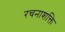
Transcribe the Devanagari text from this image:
रचनाशक्ति